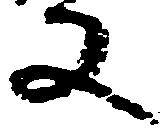
又